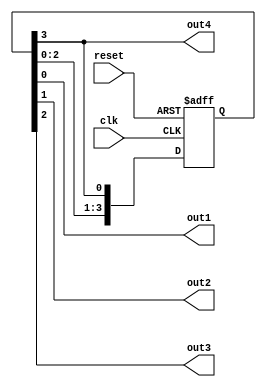
module johnson_counter(
  input clk,
  input reset,
  output reg out1,
  output reg out2,
  output reg out3,
  output reg out4
);

reg [3:0] state;

always @(posedge clk or posedge reset) begin
  if (reset) begin
    state <= 4'b0001;
  end else begin
    state <= {state[2:0], state[3]};
  end
end

always @(state) begin
  out1 <= state[0];
  out2 <= state[1];
  out3 <= state[2];
  out4 <= state[3];
end

endmodule